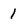
Character: 1